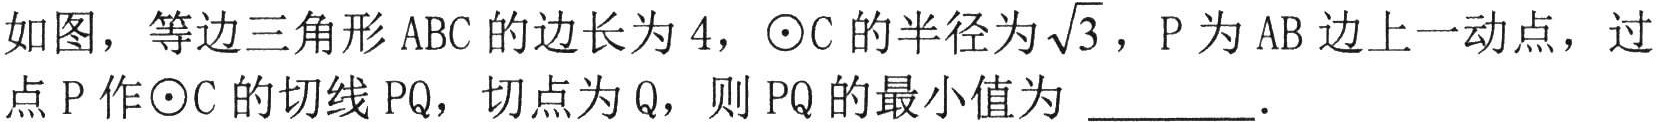
如图，等边三角形\(ABC\)的边长为\(4\)，\(\odot C\)的半径为\(\sqrt{3}\)，\(P\)为\(AB\)边上一动点，过
点\(P\)作\(\odot C\)的切线\(PQ\)，切点为\(Q\)，则\(PQ\)的最小值为 \_\_\_\_\_．